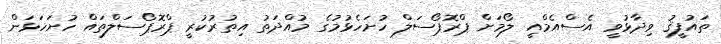
ތައުފީޤު ވިދާޅުވީ އެސްއެމްއީ ލޯމަށް ޕްރޮޕޯސަލް ހުށަހެޅުމުގެ މުއްދަތު އިތުރުކުރީ ޕްރޮޕޯސަލްތައް ހުށަހަޅަން